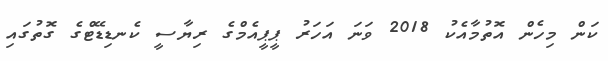
ކަން މިހެން އޮތުމާއެކު 2018 ވަނަ އަހަރު ޕީޕީއެމްގެ ރިޔާސީ ކެނޑިޑޭޓްގެ ގޮތުގައި